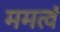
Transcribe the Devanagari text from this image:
ममत्वं